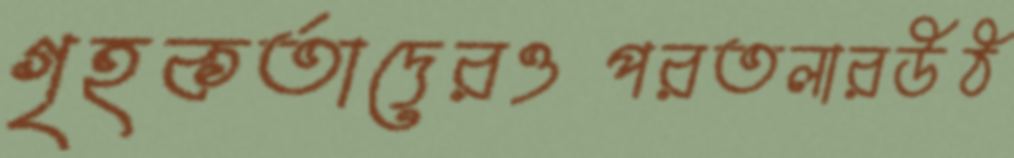
গৃহকর্তাদেরওপরতলারউঠ